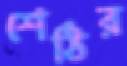
শেঠির